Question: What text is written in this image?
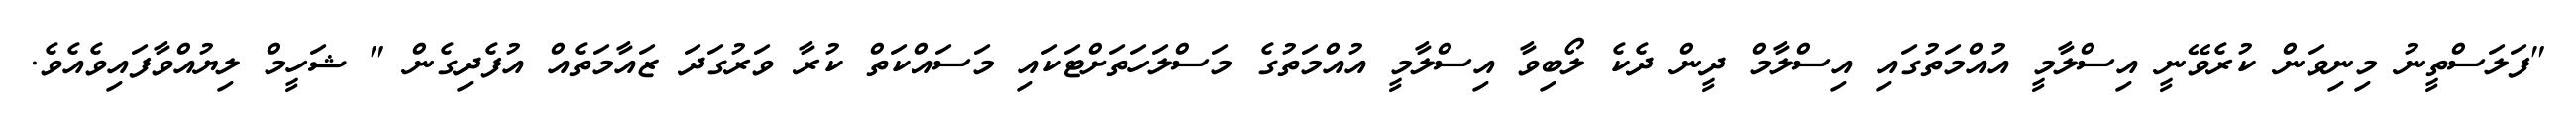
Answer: "ފަލަސްތީނު މިނިވަން ކުރެވޭނީ އިސްލާމީ އުއްމަތުގައި އިސްލާމް ދީން ދެކެ ލޯބިވާ އިސްލާމީ އުއްމަތުގެ މަސްލަހަތަށްޓަކައި މަސައްކަތް ކުރާ ވަރުގަދަ ޒައާމަތެއް އުފެދިގެން " ޝަހީމް ލިޔުއްވާފައިވެއެވެ.